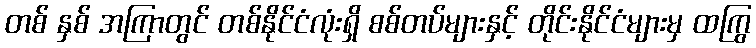
တစ် နှစ် အကြာတွင် တစ်နိုင်ငံလုံးရှိ စစ်တပ်များနှင့် တိုင်းနိုင်ငံများမှ ထကြွ